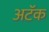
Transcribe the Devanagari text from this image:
अटॅक